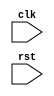
module TimingControlAndSynchronization(
    input wire clk,
    input wire rst,
    // Add other input and output signals here as per requirements
);

// Add code here to generate necessary timing signals for APB communication

// Add code here for synchronization techniques to ensure timing integrity

endmodule